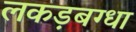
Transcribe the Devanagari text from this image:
लकड़बग्धा